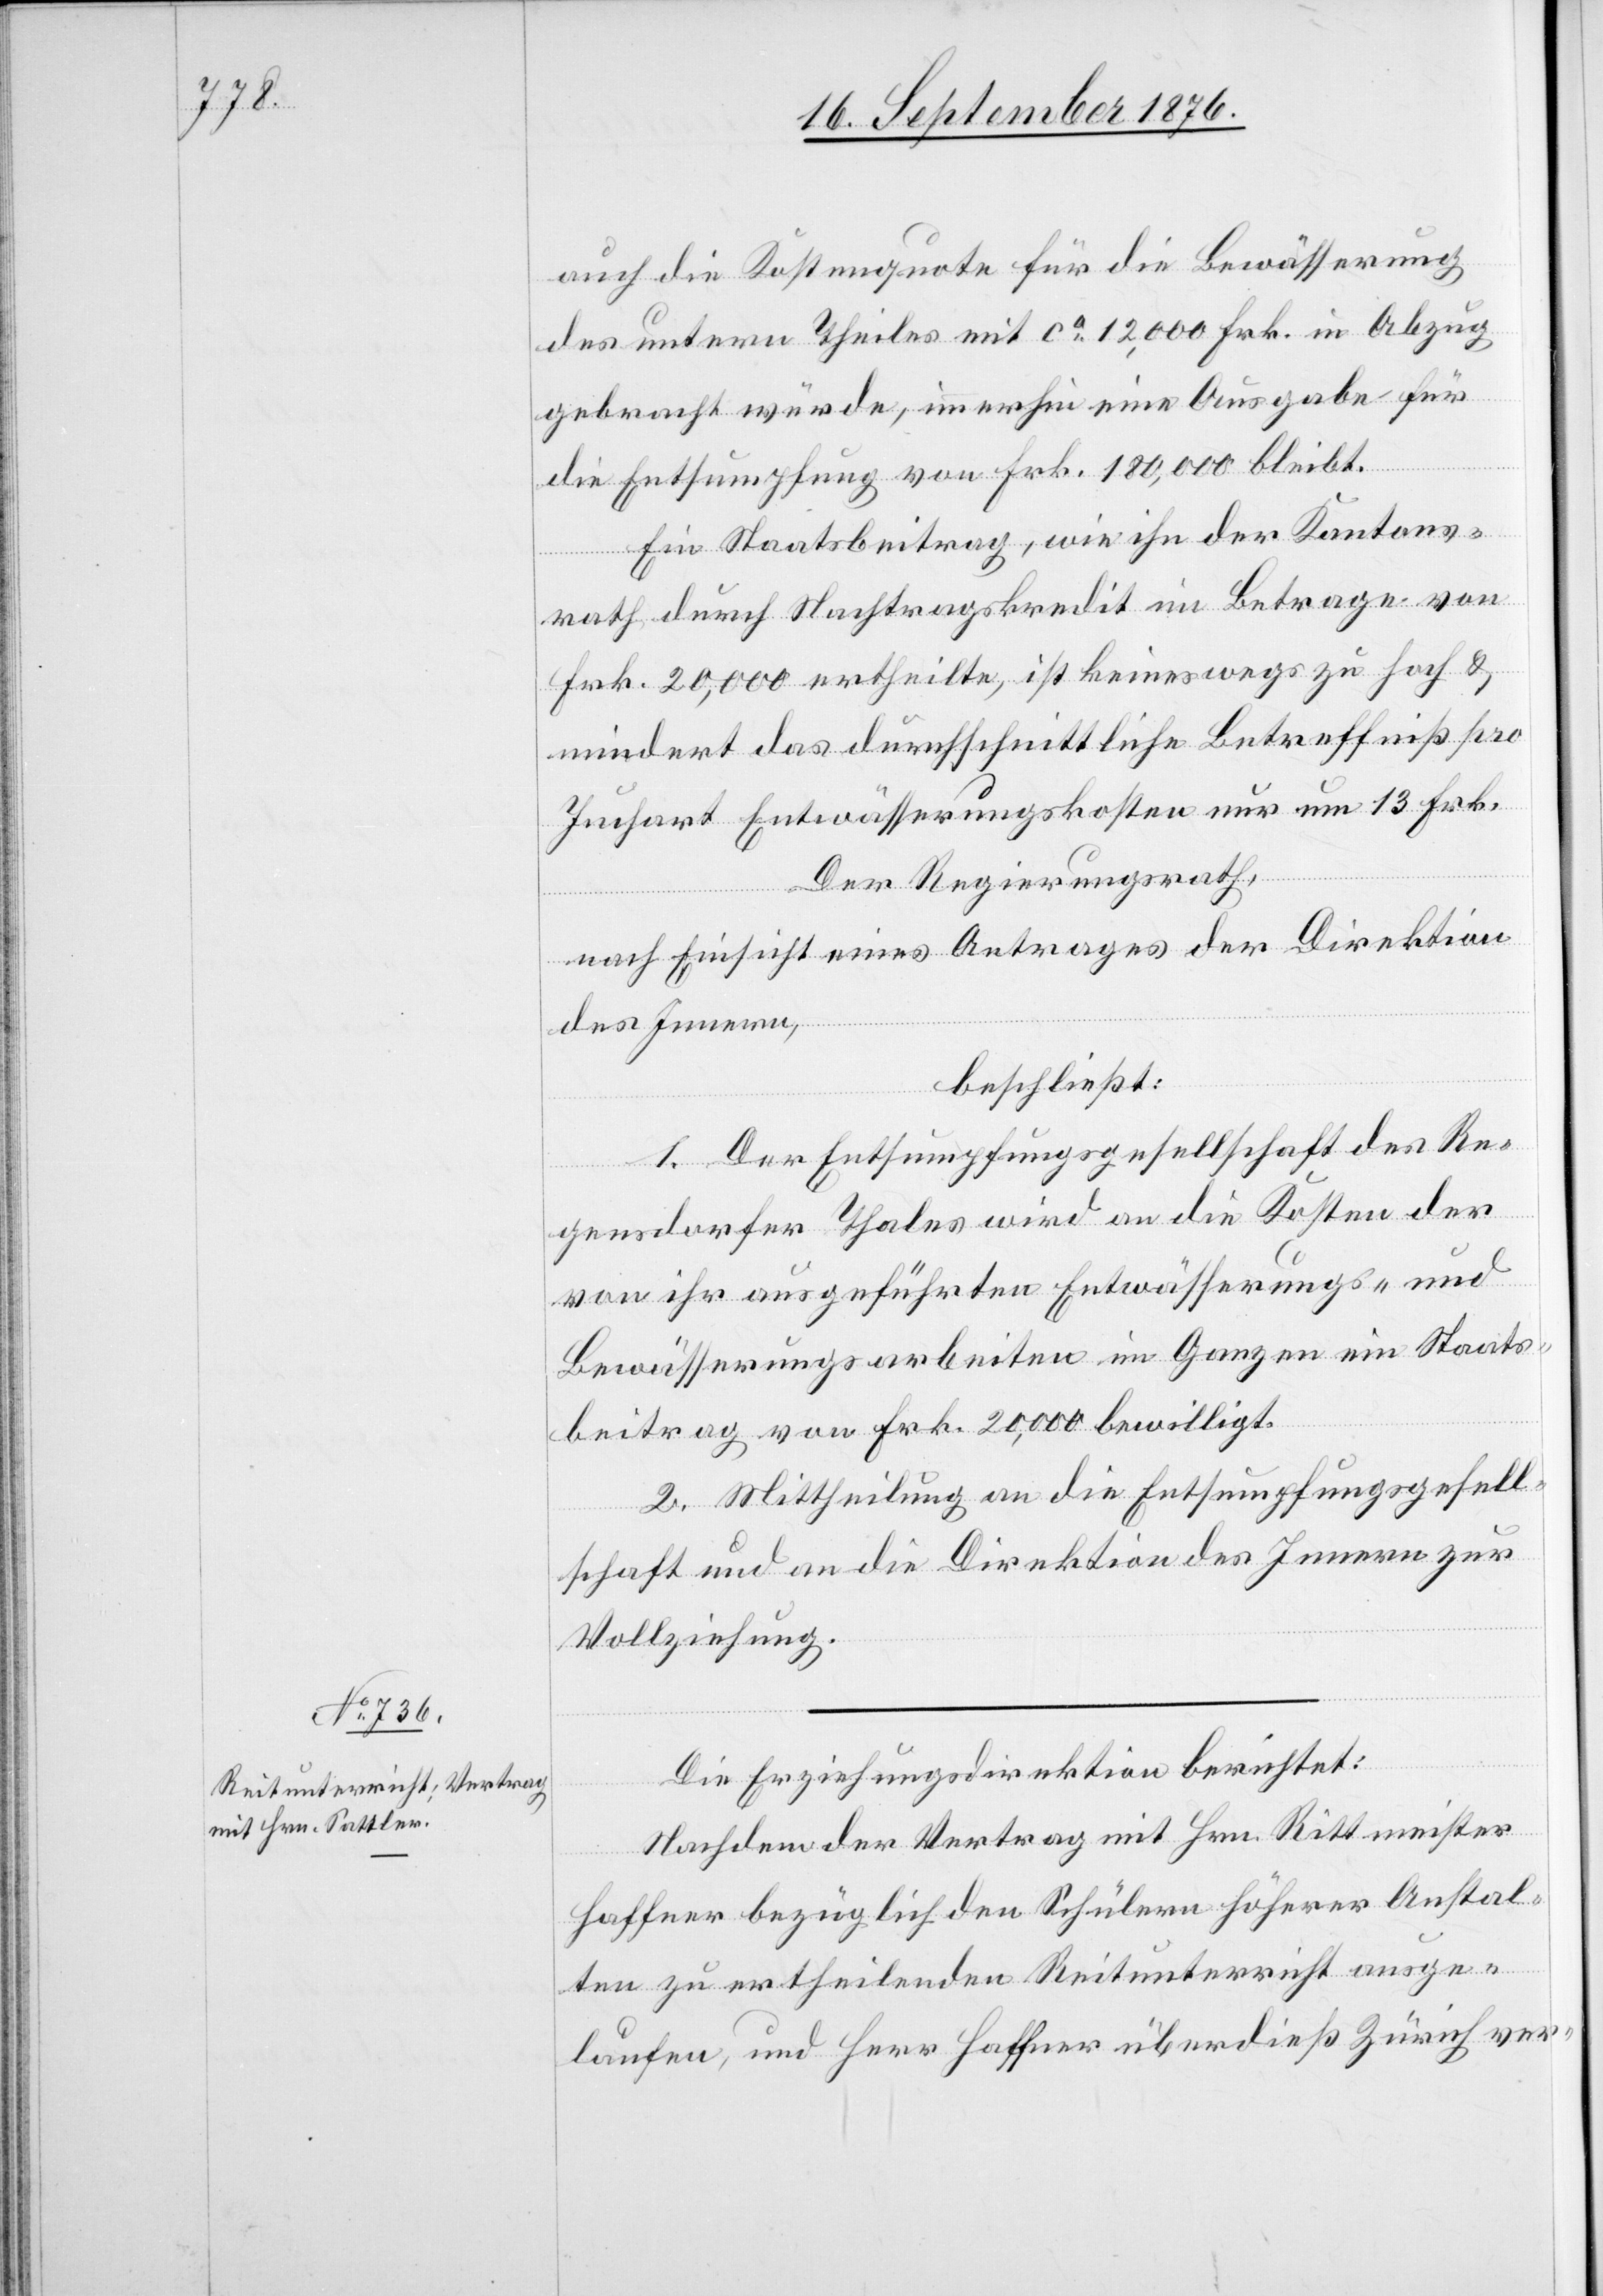
auch die Kostenquote für die Bewässerung
des untern Theiles mit ca 12,000 Frk. in Abzug
gebracht würde, immerhin eine Ausgabe für
die Entsumpfung von Frk. 180,000 bleibt.
Ein Staatsbeitrag, wie ihn der Kantons¬
rath durch Nachtragskredit im Betrage von
Frk. 20,000 ertheilte ist keineswegs zu hoch &
mindert das durchschnittliche Betreffniß pro
Juchart Entwässerungskosten nur um 13 Frk.
Der Regierungsrath,
nach Einsicht eines Antrages der Direktion
des Innern,
beschließt:
1. Der Entsumpfungsgesellschaft des Re¬
gensdorfer Thales wird an die Kosten der
von ihr ausgeführten Entwässerungs- und
Bewässerungsarbeiten im Ganzen ein Staats¬
beitrag von Frk. 20,000 bewilligt.
2. Mittheilung an die Entsumpfungsgesell¬
schaft und an die Direktion des Innern zur
Vollziehung.
Die Erziehungsdirektion berichtet:
Nachdem der Vertrag mit Hrn. Rittmeister
Haffner bezüglich den Schülern höherer Anstal¬
ten zu ertheilenden Reitunterricht ausge¬
laufen, und Herr Haffner überdieß Zürich ver-